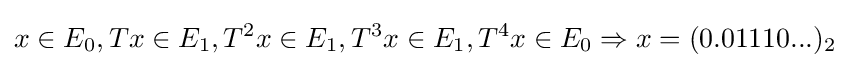
x\in E_{0},Tx\in E_{1},T^{2}x\in E_{1},T^{3}x\in E_{1},T^{4}x\in E_{0}\Rightarrow x=(0.01110...)_{2}